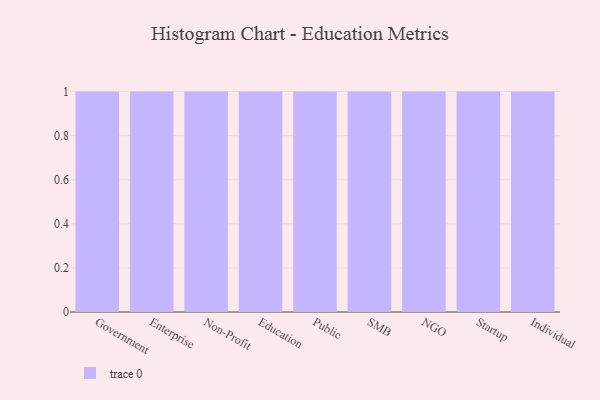
{"axis": {"x": "Segment", "y": "Budget (USD K)"}, "legend": [""], "data": [{"x": "Government", "y": 26, "type": ""}, {"x": "Enterprise", "y": 35, "type": ""}, {"x": "Non-Profit", "y": 38, "type": ""}, {"x": "Education", "y": 96, "type": ""}, {"x": "Public", "y": 29, "type": ""}, {"x": "SMB", "y": 98, "type": ""}, {"x": "NGO", "y": 81, "type": ""}, {"x": "Startup", "y": 67, "type": ""}, {"x": "Individual", "y": 45, "type": ""}]}